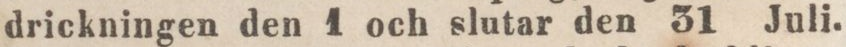
drickningen den 1 och slutar den 31 Juli.